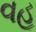
વહૂ